Lunatic asylums Madras 1892-1911 - 1892-1911
Year: 1892
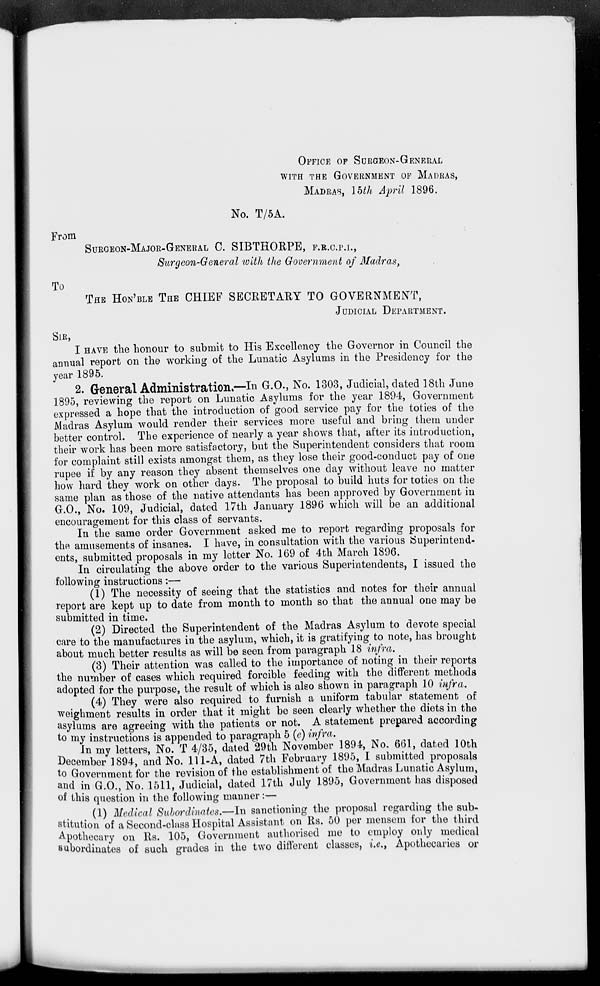
From
To
OFFICE OF SCRGEON-GENERAL
WITH THE GOVERNMENT OF MADRAS,
MADRAS, lbth April 1896.
No. T/5A.
SURGEON-MAJOR-GENERAL C. SIBTHORPE, F.B.C.P.I.,
Surgeon-General with the Government of Madras,
THE HON'BLE THE CHIEF SECRETARY TO GOVERNMENT,
JUDICIAL DEPARTMENT.
SIR,
I HAVE the honour to submit to His Excellency the Governor in Council the
annual report on the working of the Lunatic Asylums in the Presidency for the
year 1895.
2. General Administration*—In G.O., No. 1303, Judicial, dated 18th June
1895, reviewing the report on Lunatic Asylums for the year 1894, Government
expressed a hope that the introduction of good service pay for the toties of the
Madras Asylum would render their services more useful and bring them under
better control. The experience of nearly a year shows that, after its introduction,
their work has been more satisfactory, but the Superintendent considers that room
for complaint still exists amongst them, as they lose their good-conduct pay of one
rupee if by any reason they absent themselves one day without leave no matter
how hard they work on other days. The proposal to build huts for toties on the
same plan as those of the native attendants has been approved by Government in
G.O., No. 109, Judicial, dated 17th January 1896 which will be an additional
encouragement for this class of servants.
In the same order Government asked me to report regarding proposals for
the amusements of insanes. I have, in consultation with the various [Superintend-
ents, submitted proposals in my letter No. 169 of 4th March 1896.
In circulating the above order to the various Superintendents, I issued the
following instructions:—
(1) The necessity of seeing that the statistics and notes for their annual
report are kept up to date from month to month so that the annual one may be
submitted in time.
(2) Directed the Superintendent of the Madras Asylum to devote special
care to the manufactures in the asylum, which, it is gratifying to note, has brought
about much better results as will be seen from paragraph 18 infra.
(3) Their attention was called to the importance of noting in their reports
the number of cases which required forcible feeding with the different methods
adopted for the purpose, the result of which is also shown in paragraph 10 infra.
(4) They were also required to furnish a uniform tabular statement of
weighment results in order that it might bo seen clearly whether the diets in the
asylums are agreeing with the patients or not. A statement prepared according
to my instructions is appended to paragraph 5 (e) infra.
In my letters, No. T 4/35, dated "29th November 1894, No. 661, dated 10th
December 1894, and No. 111-A, dated 7th February 1895, I submitted proposals
to Government for the revision of the establishment of the Madras Lunatic Asylum,
and in G.O., No. 1511, Judicial, dated 17th July 1895, Government has disposed
of this question in the following manner:—
(1) Medical Subordinates.—In sanctioning the proposal regarding the sub-
stitution of a Second-class Hospital Assistant on Rs. 50 per mensem for the third
Apothecary on Rs. 105, Government authorised me to employ only medical
subordinates of such grades in the two different classes, i.e., Apothecaries or